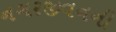
નગરજીવનની